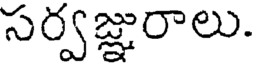
సర్వజ్ఞురాలు.